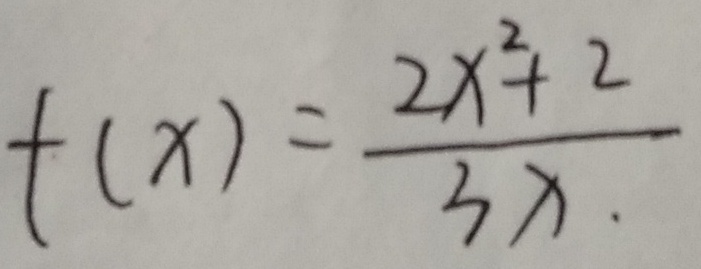
t ( x ) = \frac { 2 x ^ { 2 } + 2 } { 3 x . }